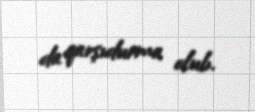
da qarşıdurma olub.